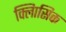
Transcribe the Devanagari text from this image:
क्लािसिक